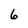
Character: 6